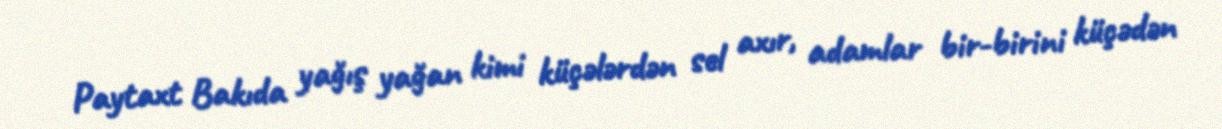
Paytaxt Bakıda yağış yağan kimi küçələrdən sel axır, adamlar bir-birini küçədən